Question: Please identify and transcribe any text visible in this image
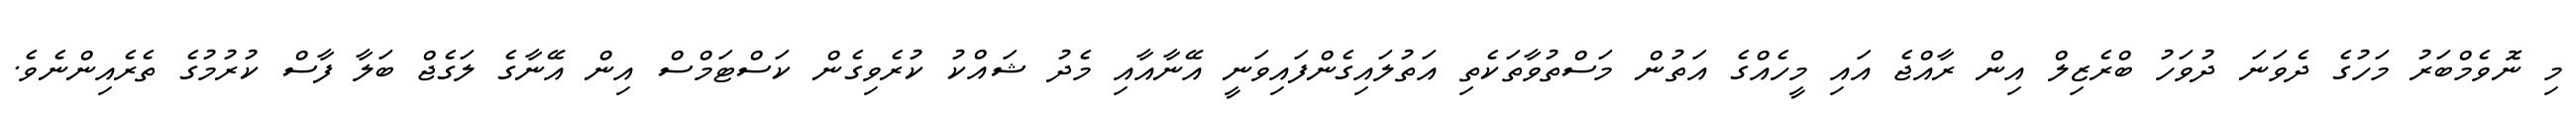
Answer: މި ނޮވެމްބަރު މަހުގެ ދެވަނަ ދުވަހު ބްރެޒިލް އިން ރާއްޖެ އައި މީހެއްގެ އަތުން މަސްތުވާތަކެތި އަތުލައިގެންފައިވަނީ އޭނާއާއި މެދު ޝައްކު ކުރެވިގެން ކަސްޓަމްސް އިން އޭނާގެ ލަގެޖް ބަލާ ފާސް ކުރުމުގެ ތެރެއިންނެވެ.